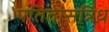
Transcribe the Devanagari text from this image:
पतितासन्निध